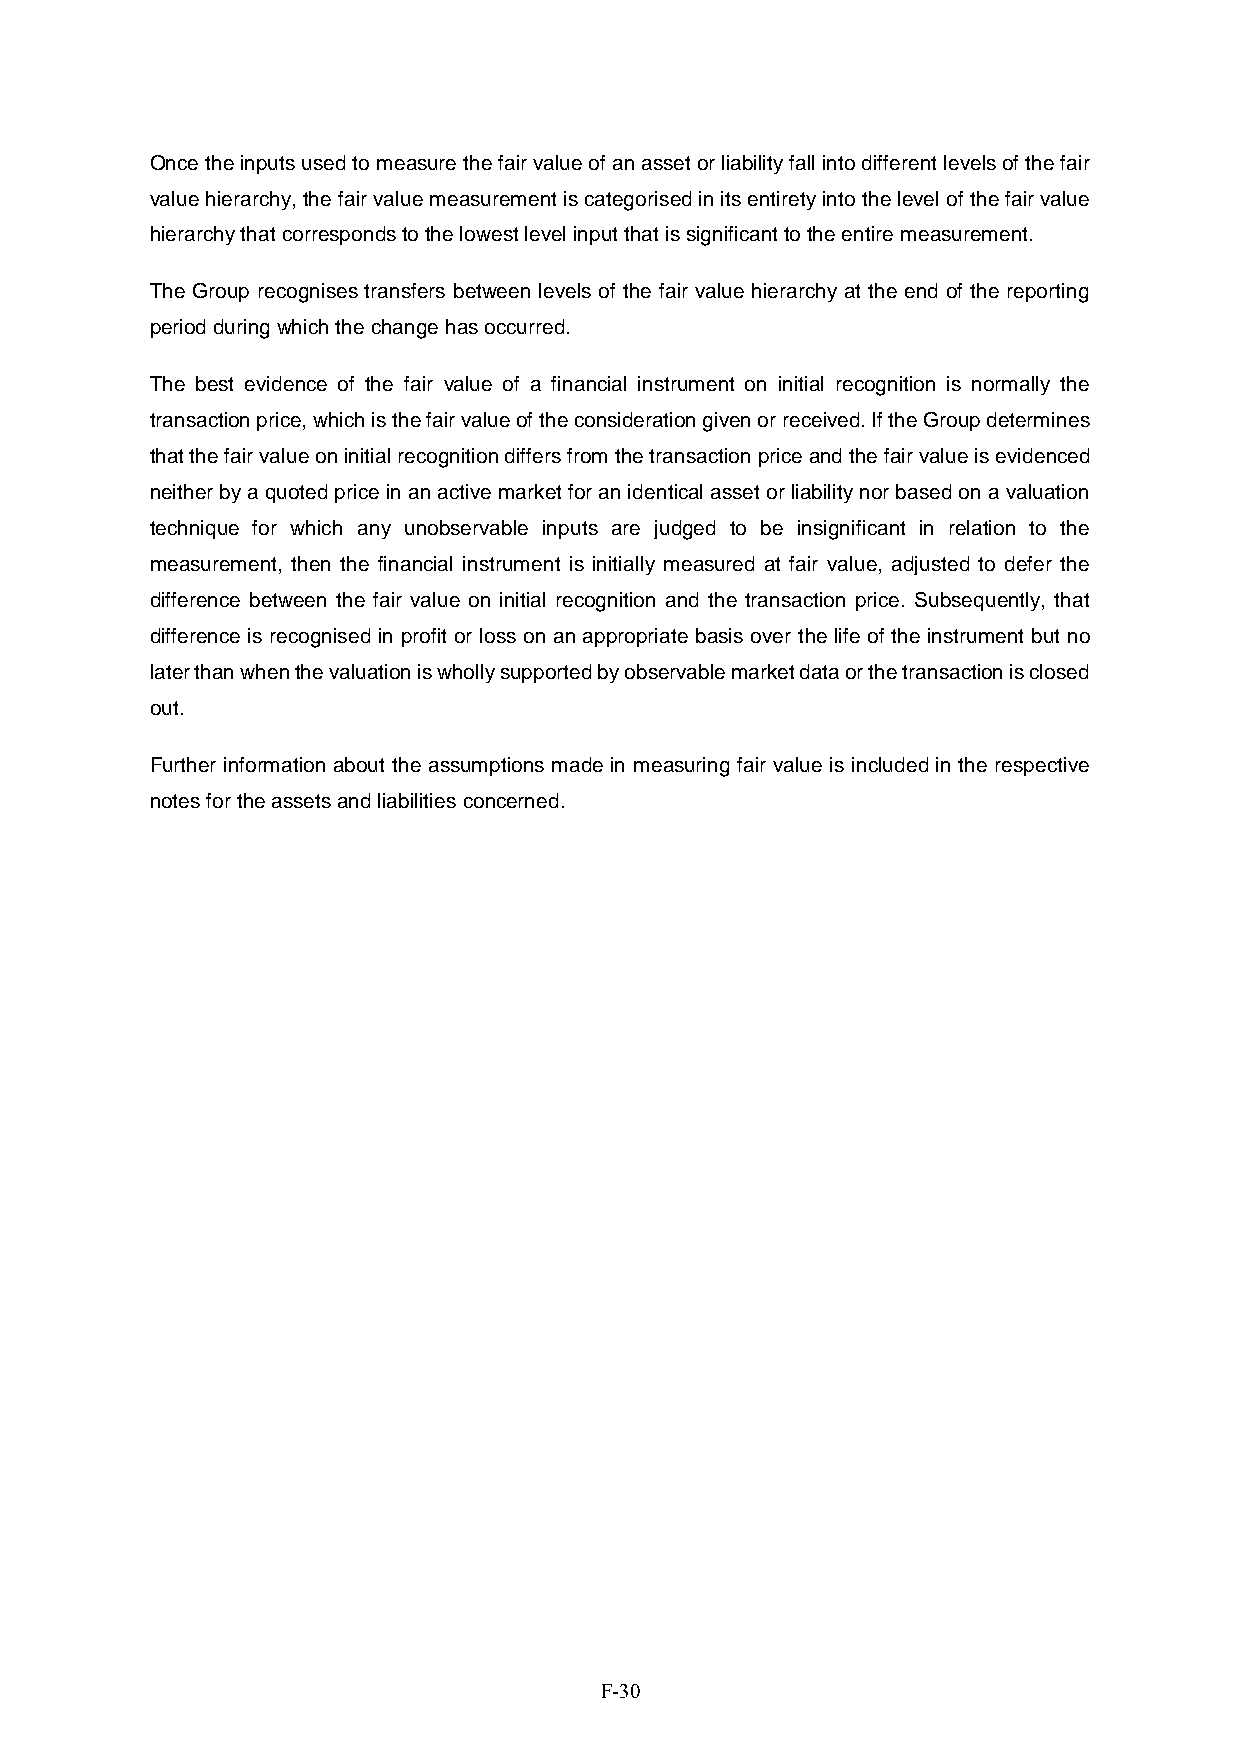
Once the inputs used to measure the fair value of an asset or liability fall into different levels of the fair
 value hierarchy, the fair value measurement is categorised in its entirety into the level of the fair value
 hierarchy that corresponds to the lowest level input that is significant to the entire measurement.
 The Group recognises transfers between levels of the fair value hierarchy at the end of the reporting
 period during which the change has occurred.
 The best evidence of the fair value of a financial instrument on initial recognition is normally the
 transaction price, which is the fair value of the consideration given or received. If the Group determines
 that the fair value on initial recognition differs from the transaction price and the fair value is evidenced
 neither by a quoted price in an active market for an identical asset or liability nor based on a valuation
 technique for which any unobservable inputs are judged to be insignificant in relation to the
 measurement, then the financial instrument is initially measured at fair value, adjusted to defer the
 difference between the fair value on initial recognition and the transaction price. Subsequently, that
 difference is recognised in profit or loss on an appropriate basis over the life of the instrument but no
 later than when the valuation is wholly supported by observable market data or the transaction is closed
 out.
 Further information about the assumptions made in measuring fair value is included in the respective
 notes for the assets and liabilities concerned.
 F-30